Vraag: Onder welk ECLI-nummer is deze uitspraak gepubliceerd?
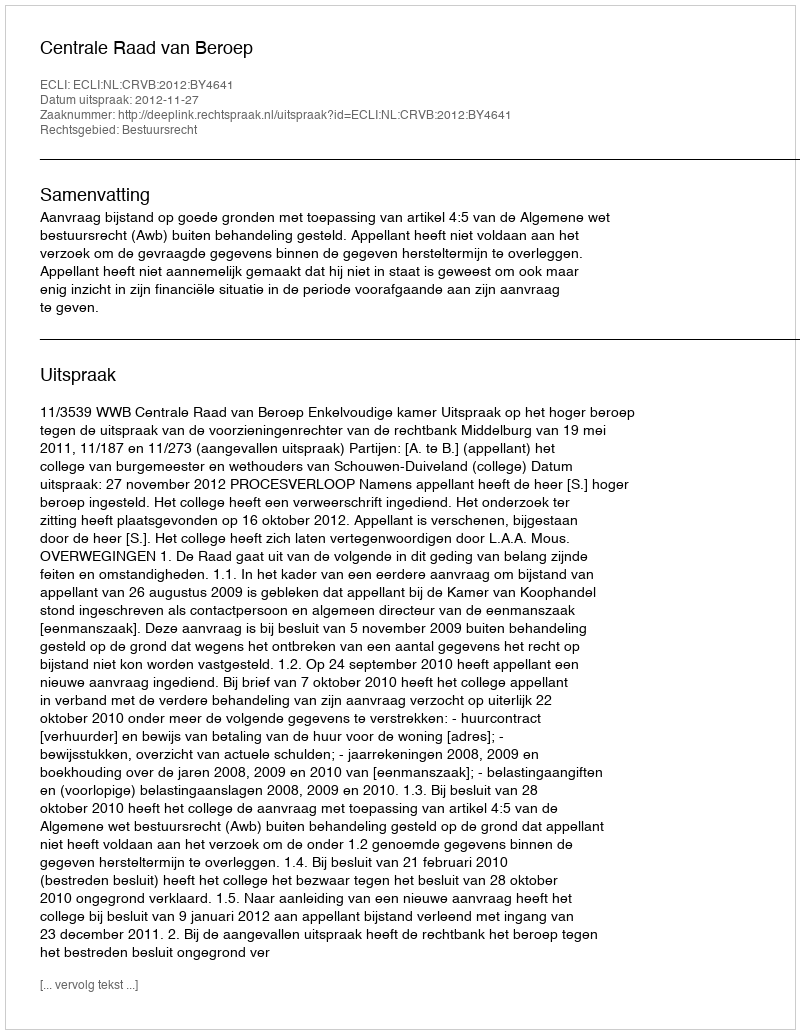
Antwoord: ECLI:NL:CRVB:2012:BY4641